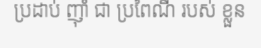
ប្រដាប់ ញ៉ាំ ជា ប្រពៃណី របស់ ខ្លួន